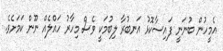
އެމީހުން ބުނަނީ ފައިސާކޮޅު އަނބުރާ ލިބުމަކީ ވެސް މިހާރު ހައްލެއް ނޫން ކަމަށެވެ.